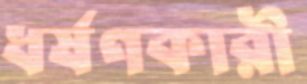
ধর্ষণকারী